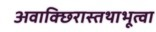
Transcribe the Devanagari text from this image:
अवाक्छिरास्तथाभूत्वा